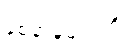
နစ်နာမှုများကို